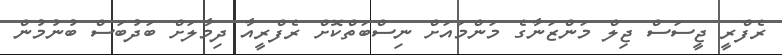
ރެފްރީ ޖީސަސް ޖިލް މަންޒަނާގެ މަންމައަށް ނިސްބަތްކޮށް ރެފްރީއާ ދިމާލަށް ބަދުބަސް ބުނުމުން